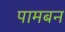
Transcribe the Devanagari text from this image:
पामबन